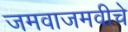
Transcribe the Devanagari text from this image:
जमवाजमवीचे